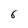
Character: 6